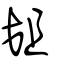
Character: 爼